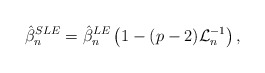
\begin{align*}\hat{\beta}_n^{SLE} = \hat{\beta}_n^{LE} \left(1-(p-2) \mathcal{L}_n^{-1}\right),\end{align*}